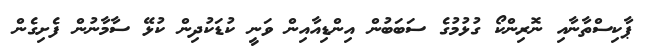
ޕާކިސްތާނާއި ނޮރިންކޯ ގުޅުމުގެ ސަބަބުން އިންޑިއާއިން ވަނީ ކުޑަކުދިން ކުޅޭ ސާމާނުން ފެށިގެން